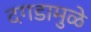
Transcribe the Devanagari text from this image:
दगडामुळे